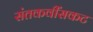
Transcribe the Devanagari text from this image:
संतकवींसकट